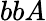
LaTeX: bbA